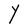
Character: Y